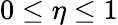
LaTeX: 0\le\eta\le 1